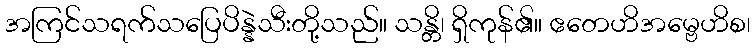
အကြင်သရက်သပြေပိန္နဲသီးတို့သည်။ သန္တိ၊ ရှိကုန်၏။ ဧတေဟိအမ္ဗေဟိစ၊